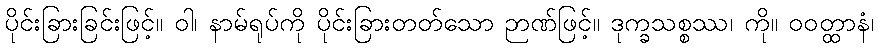
ပိုင်းခြားခြင်းဖြင့်။ ဝါ၊ နာမ်ရုပ်ကို ပိုင်းခြားတတ်သော ဉာဏ်ဖြင့်။ ဒုက္ခသစ္စဿ၊ ကို။ ဝဝတ္ထာနံ၊